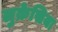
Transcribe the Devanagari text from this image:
लुक्रेसिया